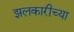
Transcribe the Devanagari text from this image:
झलकारीच्या